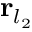
{ \bf r } _ { l _ { 2 } }